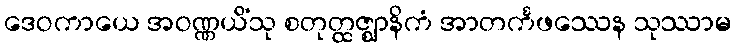
ဒေဝကာယေ အဝဏ္ဏယိံသု စတုတ္ထဇ္ဈာနိကံ အာတင်္ကဖဿေန သုဿာမ